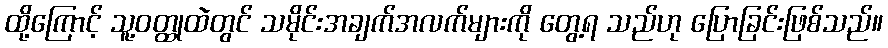
ထို့ကြောင့် သူ့ဝတ္ထုထဲတွင် သမိုင်းအချက်အလက်များကို တွေ့ရ သည်ဟု ပြောခြင်းဖြစ်သည်။